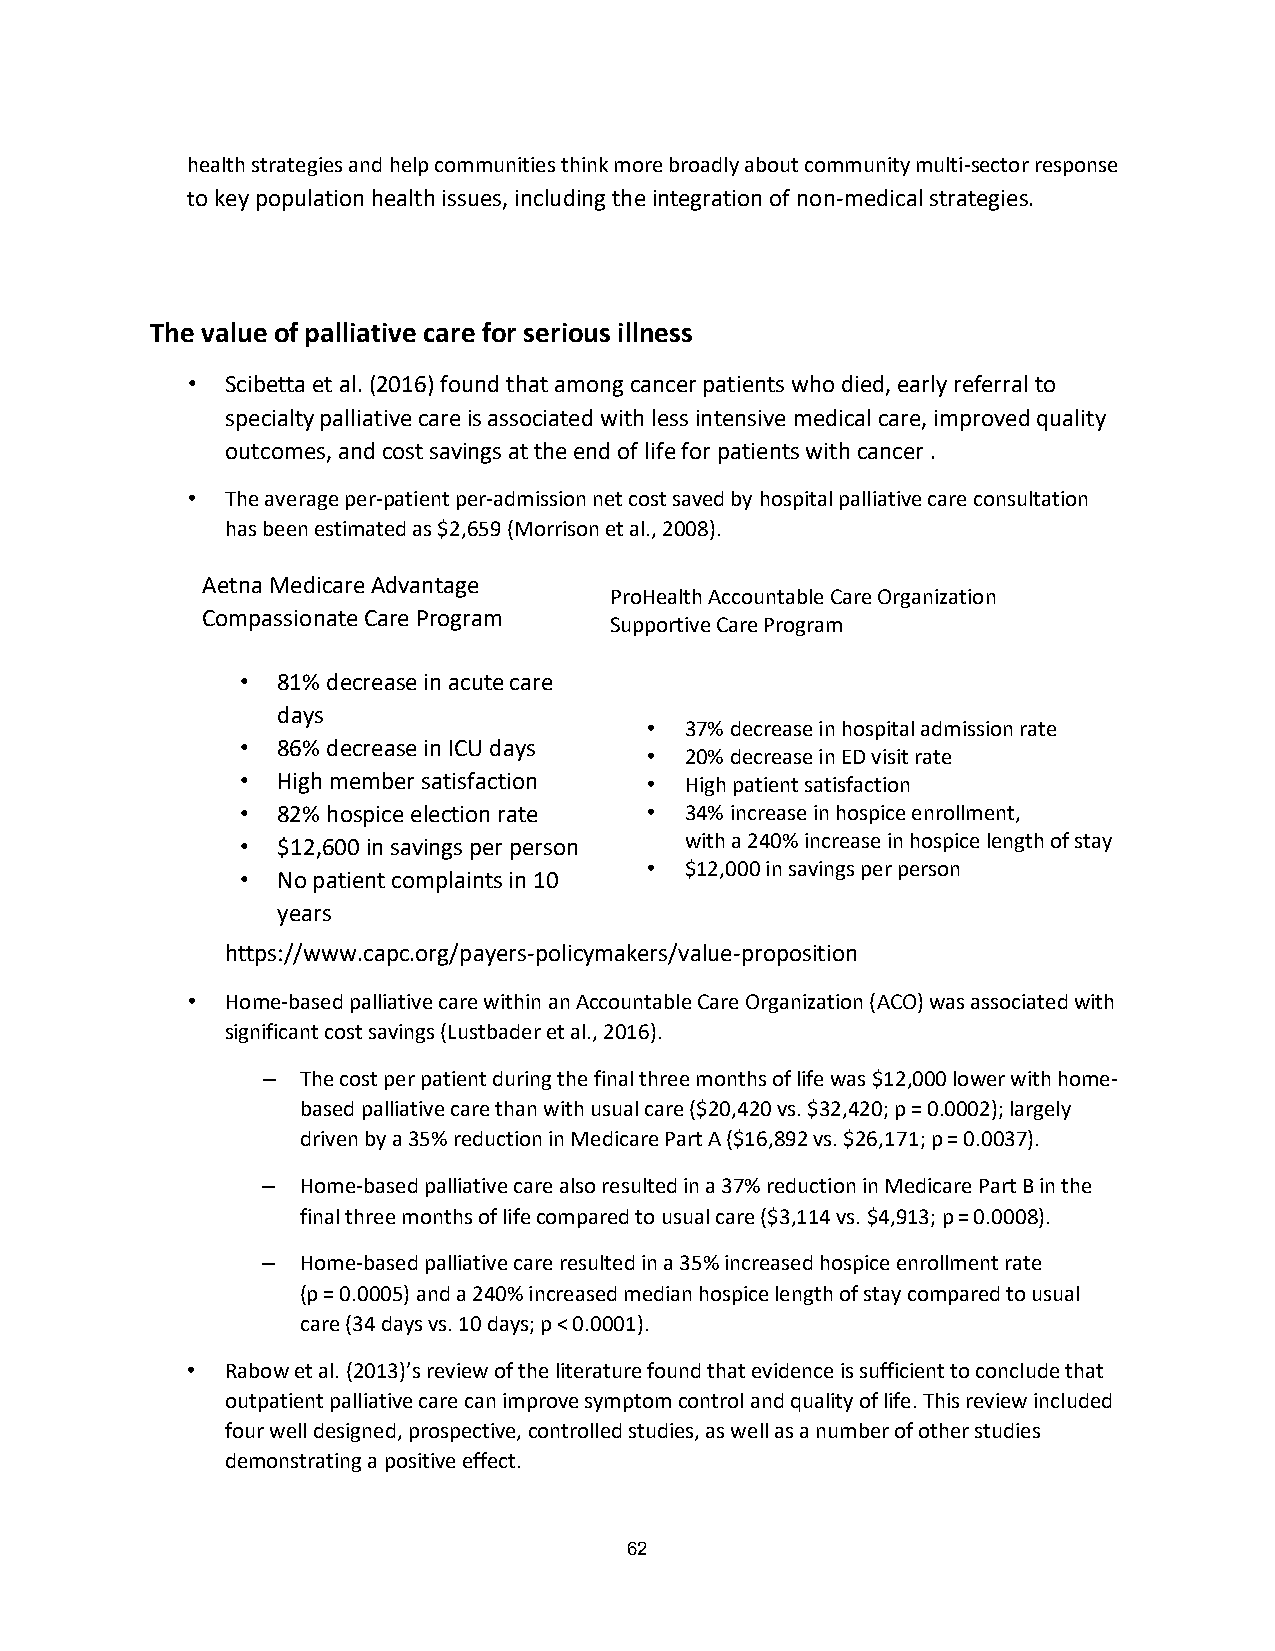
health strategies and help communities think more broadly about community multi-sector response
 to key population health issues, including the integration of non-medical strategies.
 The value of palliative care for serious illness
 •  Scibetta et al. (2016) found that among cancer patients who died, early referral to
 specialty palliative care is associated with less intensive medical care, improved quality
 outcomes, and cost savings at the end of life for patients with cancer .
 •  The average per-patient per-admission net cost saved by hospital palliative care consultation
 has been estimated as $2,659 (Morrison et al., 2008).
 Aetna Medicare Advantage
 ProHealth Accountable Care Organization
 Compassionate Care Program
 Supportive Care Program
 • 81% decrease in acute care
 days
 • 37% decrease in hospital admission rate
 • 86% decrease in ICU days
 • 20% decrease in ED visit rate
 • High member satisfaction • High patient satisfaction
 • 82% hospice election rate • 34% increase in hospice enrollment,
 • $12,600 in savings per person with a 240% increase in hospice length of stay
 • $12,000 in savings per person
 • No patient complaints in 10
 years
 https://www.capc.org/payers-policymakers/value-proposition
 •  Home-based palliative care within an Accountable Care Organization (ACO) was associated with
 significant cost savings (Lustbader et al., 2016).
 –  The cost per patient during the final three months of life was $12,000 lower with home-
 based palliative care than with usual care ($20,420 vs. $32,420; p = 0.0002); largely
 driven by a 35% reduction in Medicare Part A ($16,892 vs. $26,171; p = 0.0037).
 –  Home-based palliative care also resulted in a 37% reduction in Medicare Part B in the
 final three months of life compared to usual care ($3,114 vs. $4,913; p = 0.0008).
 –  Home-based palliative care resulted in a 35% increased hospice enrollment rate
 (p = 0.0005) and a 240% increased median hospice length of stay compared to usual
 care (34 days vs. 10 days; p < 0.0001).
 •  Rabow et al. (2013)’s review of the literature found that evidence is sufficient to conclude that
 outpatient palliative care can improve symptom control and quality of life. This review included
 four well designed, prospective, controlled studies, as well as a number of other studies
 demonstrating a positive effect.
 62